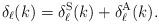
LaTeX: \begin{align*}\delta_{\ell}(k) = \delta^{\rm S}_{\ell}(k) + \delta^{\rm A}_{\ell}(k).\end{align*}